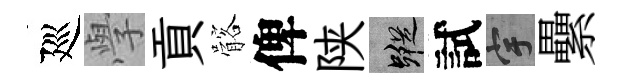
廵𭓕貢髂俾陕蹤試宇纍